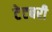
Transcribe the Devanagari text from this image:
टेटबरी